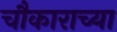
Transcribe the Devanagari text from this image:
चौकाराच्या